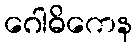
ဂေါဓိကေန